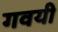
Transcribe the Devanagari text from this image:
गवयी